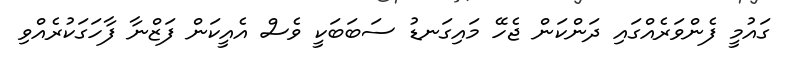
ގައުމީ ފެންވަރެއްގައި ދަންކަން ޖެހޭ މައިގަނޑު ސަބަބަކީ ވެސް އެއީކަން ފަޒްނާ ފާހަގަކުރެއްވި